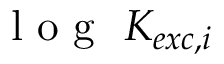
\mathrm { ~ l ~ o ~ g ~ } ~ K _ { e x c , i }